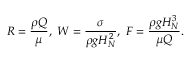
R = \frac { \rho Q } { \mu } , \; W = \frac { \sigma } { \rho g H _ { N } ^ { 2 } } , \; F = \frac { \rho g H _ { N } ^ { 3 } } { \mu Q } .